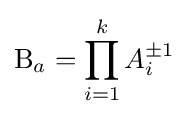
\mathrm {B} _{a}=\prod _{i=1}^{k}A_{i}^{\pm 1}